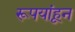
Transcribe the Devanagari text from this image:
रूपयांहून